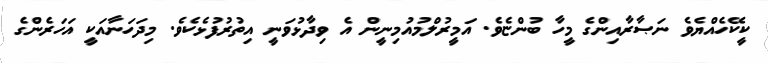
ކީކޭހެއްޔެވެ ނަޞާރާއިންގެ މީހާ ބުންޏެވެ. އަމީރުލްމުއުމިނީން އެ ވިދާޅުވަނީ އިތުރުފުޅެކެވެ. މިދަހަނާއަކީ އަހަރެންގެ